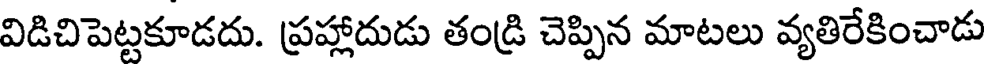
విడిచిపెట్టకూడదు. ప్రహ్లాదుడు తండ్రి చెప్పిన మాటలు వ్యతిరేకించాడు